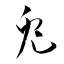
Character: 兎